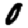
Digit: 0